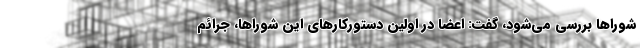
شوراها بررسی می‌شود، گفت: اعضا در اولین دستورکارهای این شوراها، جرائم